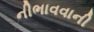
નીભાવવાની